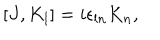
[ J , K _ { l } ] = i \epsilon _ { l n } K _ { n } ,